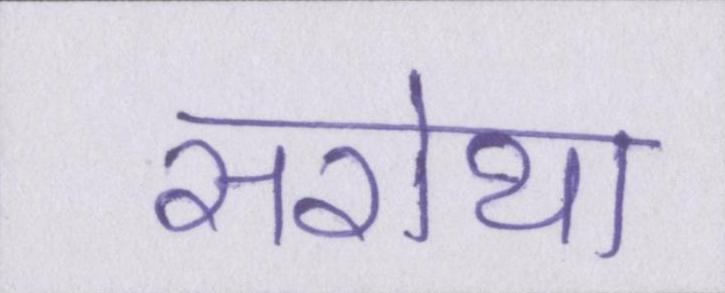
सरोथा